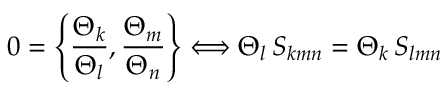
0 = \left\{ { \frac { \Theta _ { k } } { \Theta _ { l } } } , { \frac { \Theta _ { m } } { \Theta _ { n } } } \right\} \Longleftrightarrow \Theta _ { l } \, S _ { k m n } = \Theta _ { k } \, S _ { l m n }